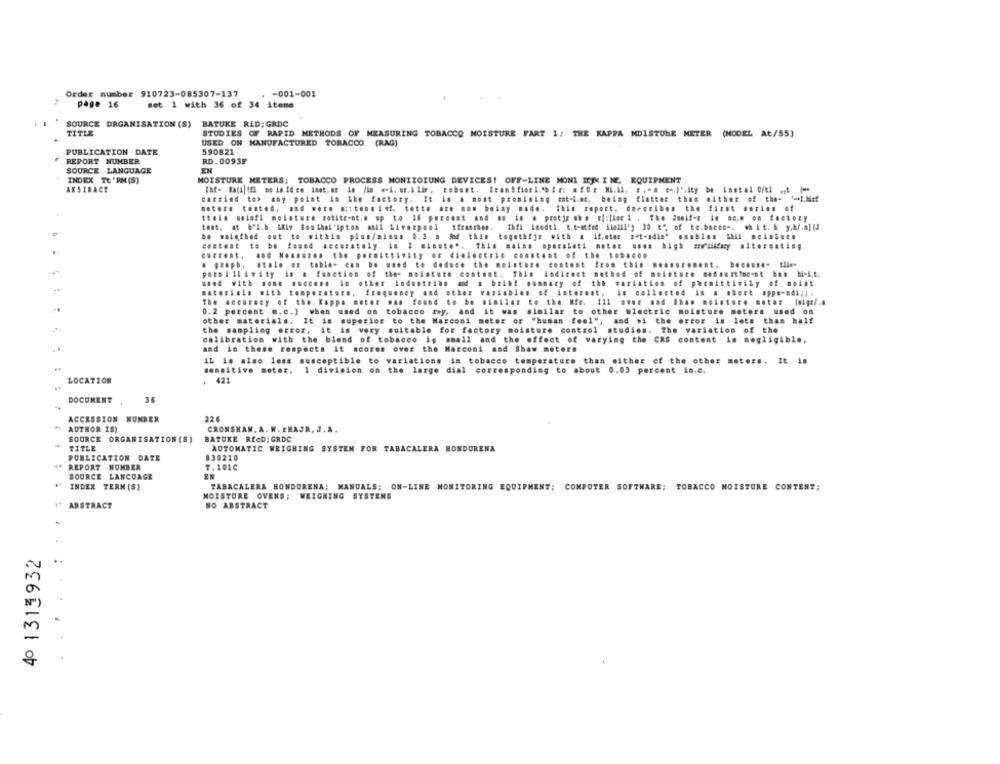
Order number 910723-085307-137
. - 001-001
page 16
set 1 with 36 of 34. items
SOURCE DRGANISATION (S) BATUKE RÅD; GRDC
TITLE
STUDIES OF RAPID METHODS OF MEASURING TOBACCO MOISTURE FART 1: THE KAPPA MOISTURE METER (MODEL At/55)
USED ON MANUFACTURED TOBACCO (RAG)
PUBLICATION DATE
590821
REPORT NUMBER
RD. 0093F
SOURCE LANGUAGE
EN
INDEX TE 'RM(S)
MOISTURE METERS; TOBACCO PROCESS MONITOIUNG DEVICES! OFF-LINE MONI IJK I NE, EQUIPMENT
ARSIRACE
carried to> any point in the factory. It in a most promising mat-l.er, being flatter than either of the- 4=I.Me!
meters tested, and were eitensinf. tetts are now beimy made. this report, daroribes the first series of
ttois waiafl moisture gotitr-at.# up to 16 percent and so in a protir .h . sirlion 1 . The Jneif-z in ne,w on factory
test, at b'l.h Liv Southal'ipton anil Liverpool tfrasthes. Ihfi inodti c.t-atfed Aiolil'j 30 t", of te.bance". ₩hit/ h y,4/ .= ][]
be weinthed out to within plus/minus 0.3 a fad this togethfje with a if,eter ret-adin" enables thil moisture
contest to be found accurately in 2 minute'. This mains operalet! motor uses high we'llifmy alternating
current. ... ...... on the permittivity of dielectric constant of the tobacco
a graph, stale of table- can be used to deduce the moisture content from this
because- tlie*
pormillivity in a function of the- moisture content. This indirect method of moisture nofaustine-nt has M-i.t.
used with some success in other industrias and a brief summary of the variation of permittivity of moist
materials with temperature, frequency and other variables of interest, is collected in a short oppe-adi ;;.
The accuracy of the Kappa meter was found to be similar to the Mfe. Ill over and Shaw moisture meter (algr/ ..
0.2 percent m.c.) when used on tobacco ray, and it was similar to other wlectric moisture meters used on
other materials. It is superior to the Marconi meter or "human feel", and si the error is lets than half
the sampling error, it is very suitable for factory moisture control studies. The variation of the
calibration with the blend of tobacco is small and the effect of varying the CRS content is negligible,
. .
and in these respects it scores over the Marconi and Shaw meters
IL is also less susceptible to variations in tobacco temperature than either of the other meters. It is
..
sensitive meter,
1 division on the large dial corresponding to about 0.03 percent in.c.
LOCATION
421
DOCUMENT
ACCESSION NUMBER
22.6
AUTHOR IS)
CRONSHAW, A. W. EHAJR. J. A.
SOURCE ORGANISATION (S)
BATUKE RfcD: GRDC
TITLE
AUTOMATIC WEIGHING SYSTEM FOR TABACALERA HONDURENA
PUBLICATION DATE
830210
REPORT NUMBER
7.101C
SOURCE LANGUAGE
EN
INDEX TERM (S)
TABACALERA HONDURENA; MANUALS; ON-LINE MONITORING EQUIPMENT; COMPUTER SOFTWARE; TOBACCO MOISTURE CONTENT;
MOISTURE OVENS; WEIGHING SYSTEMS
ABSTRACT
NO ABSTRACT
4º 1313932